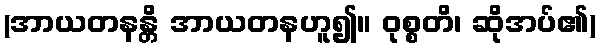
(အာယတနန္တိ အာယတနဟူ၍။ ဝုစ္စတိ၊ ဆိုအပ်၏)